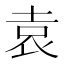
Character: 袁